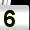
Digit: 5